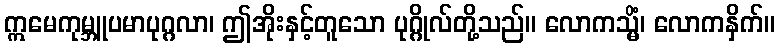
ဣမေကုမ္ဘူပမာပုဂ္ဂလာ၊ ဤအိုးနှင့်တူသော ပုဂ္ဂိုလ်တို့သည်။ လောကသ္မိံ၊ လောကနှိက်။